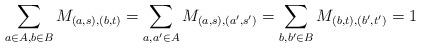
LaTeX: \begin{align*} \sum_{a \in A, b \in B} M_{(a,s),(b,t)} = \sum_{a,a' \in A} M_{(a,s),(a',s')} = \sum_{b,b' \in B} M_{(b,t),(b',t')} = 1\end{align*}